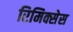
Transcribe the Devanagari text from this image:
रिमिक्सेस